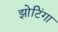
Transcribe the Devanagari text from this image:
झोटिंगा